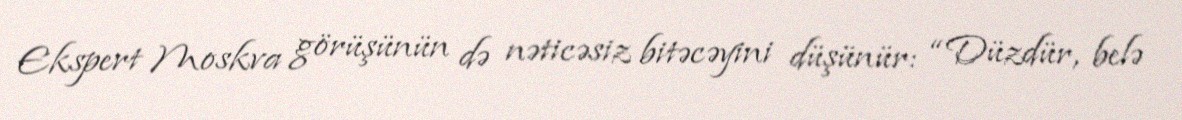
Ekspert Moskva görüşünün də nəticəsiz bitəcəyini düşünür: “Düzdür, belə